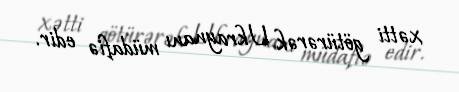
xətti götürərək Ukraynanı müdafiə edir.